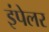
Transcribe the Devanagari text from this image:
इंपेलर